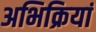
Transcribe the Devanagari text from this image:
अभिक्रियां